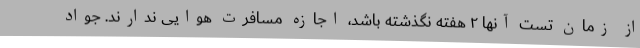
از زمان تست آنها ۲ هفته نگذشته باشد، اجازه مسافرت هوایی ندارند. جواد